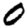
Digit: 0